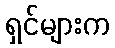
ရှင်များက